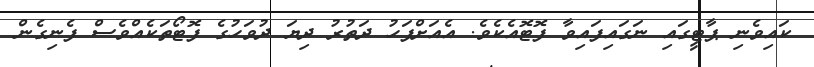
ކައިވެނި ޕާޓީގައި ނަގައިފައިވާ ފޮޓޮއެކެވެ. އެއަށްފަހު ދަތުރު ދިޔަ ދުވަހުގެ ފޮޓޯތަކެއްވެސް ފެނިގެން